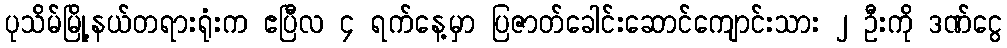
ပုသိမ်မြို့နယ်တရားရုံးက ဧပြီလ ၄ ရက်နေ့မှာ ပြဇာတ်ခေါင်းဆောင်ကျောင်းသား ၂ ဦးကို ဒဏ်ငွေ